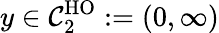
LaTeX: y\in\mathcal{C}_{2}^{\mathrm{HO}}:=(0,\infty)